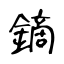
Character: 鏑